Bombay plague: being a history of the progress of plague in the Bombay presidency from September 1896 to June 1899
Year: 1896
Disease focus: Plague
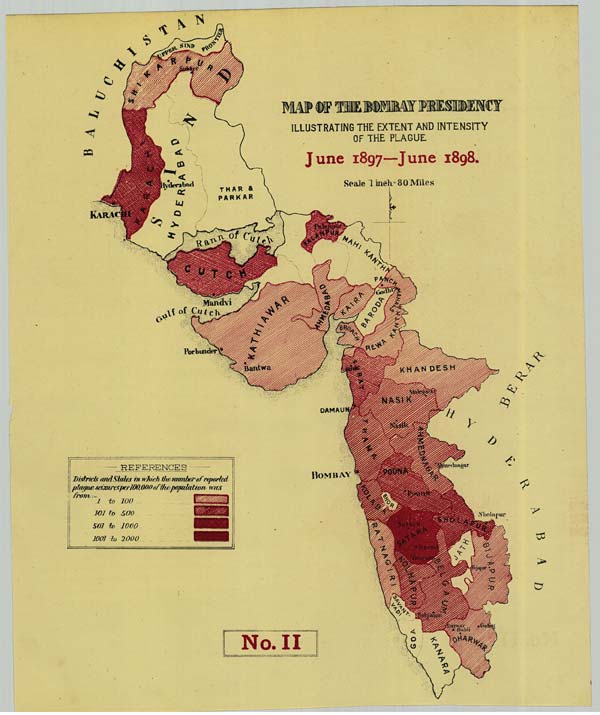
No.
II